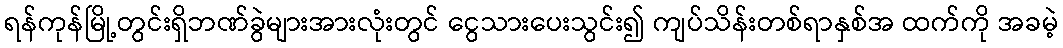
ရန်ကုန်မြို့တွင်းရှိဘဏ်ခွဲများအားလုံးတွင် ငွေသားပေးသွင်း၍ ကျပ်သိန်းတစ်ရာနှစ်အ ထက်ကို အခမဲ့